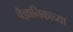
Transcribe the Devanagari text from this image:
वैज्ञानिकाच्या